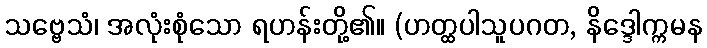
သဗ္ဗေသံ၊ အလုံးစုံသော ရဟန်းတို့၏။ (ဟတ္ထပါသူပဂတ, နိဒ္ဒေါက္ကမန